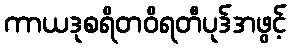
ကာယဒုစရိတဝိရတီပုဒ်အဖွင့်